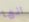
انها